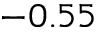
- 0 . 5 5